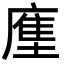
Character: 𭙳